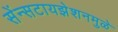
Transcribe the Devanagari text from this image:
सेंन्सटायझेशनमुळे